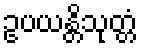
ဥပယန္တိသုတ္တံ